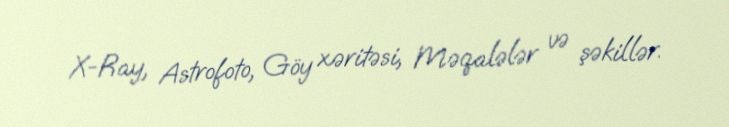
X-Ray, Astrofoto, Göy xəritəsi, Məqalələr və şəkillər.